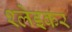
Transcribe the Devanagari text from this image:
श्लेइकर